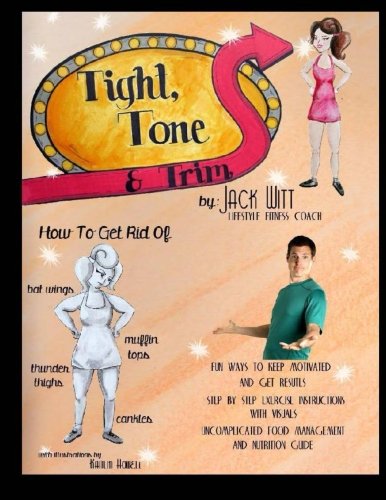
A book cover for Tight, Tone, and Trim: How to get rid of Cankles, Bat Wings, Thunder Thighs, and Muffin Tops.  And much, much more!; Jack Witt; Health, Fitness & Dieting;